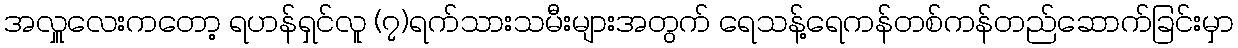
အလှူလေးကတော့ ရဟန်ရှင်လူ (၇)ရက်သားသမီးများအတွက် ရေသန့်ရေကန်တစ်ကန်တည်ဆောက်ခြင်းမှာ